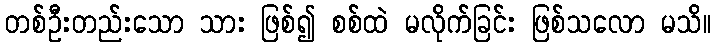
တစ်ဦးတည်းသော သား ဖြစ်၍ စစ်ထဲ မလိုက်ခြင်း ဖြစ်သလော မသိ။